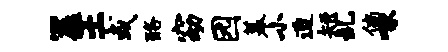
筮王或酪窈园幕小迫短乱倘啄